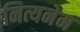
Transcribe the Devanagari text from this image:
नित्यनेम